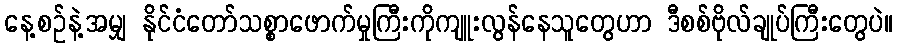
နေ့စဉ်နဲ့အမျှ နိုင်ငံတော်သစ္စာဖောက်မှုကြီးကိုကျူးလွန်နေသူတွေဟာ ဒီစစ်ဗိုလ်ချုပ်ကြီးတွေပဲ။